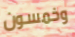
وخمسون